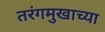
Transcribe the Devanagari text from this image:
तरंगमुखाच्या